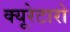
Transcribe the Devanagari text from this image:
क्यूरेटारो